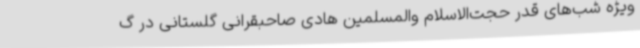
ویژه شب‌های قدر حجت‌الاسلام والمسلمین هادی صاحبقرانی گلستانی در گ